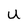
Character: U